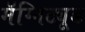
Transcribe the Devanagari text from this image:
मॅग्निट्यूड